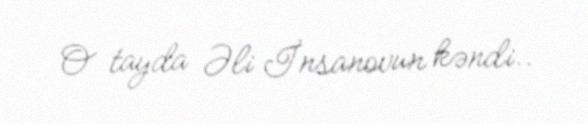
O tayda Əli İnsanovun kəndi..